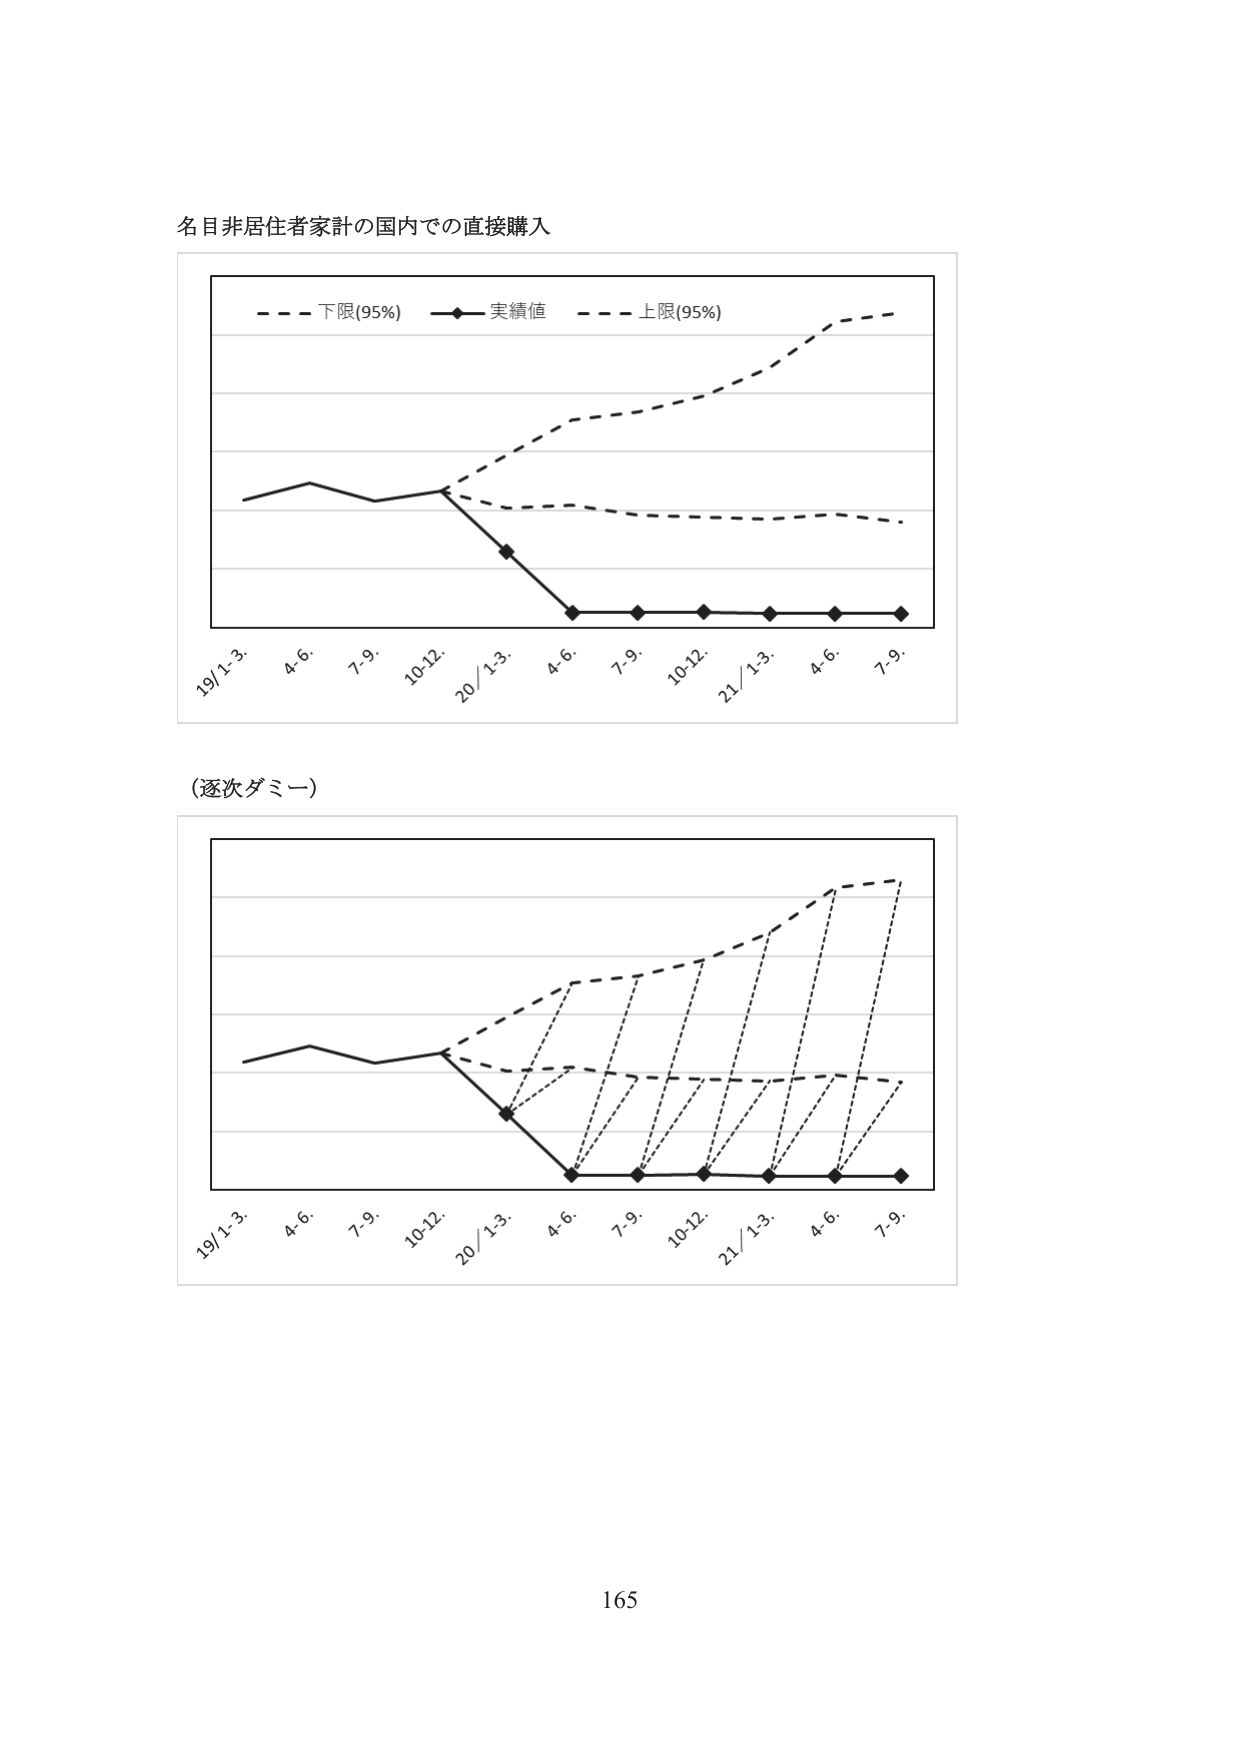
名目非居住者家計の国内での直接購入

- - - 下限(95%)  —◆— 実績値  - - - 上限(95%)

19/1-3.  4-6.  7-9.  10-12.  20/1-3.  4-6.  7-9.  10-12.  21/1-3.  4-6.  7-9.

（逐次ダミー）

19/1-3.  4-6.  7-9.  10-12.  20/1-3.  4-6.  7-9.  10-12.  21/1-3.  4-6.  7-9.

165